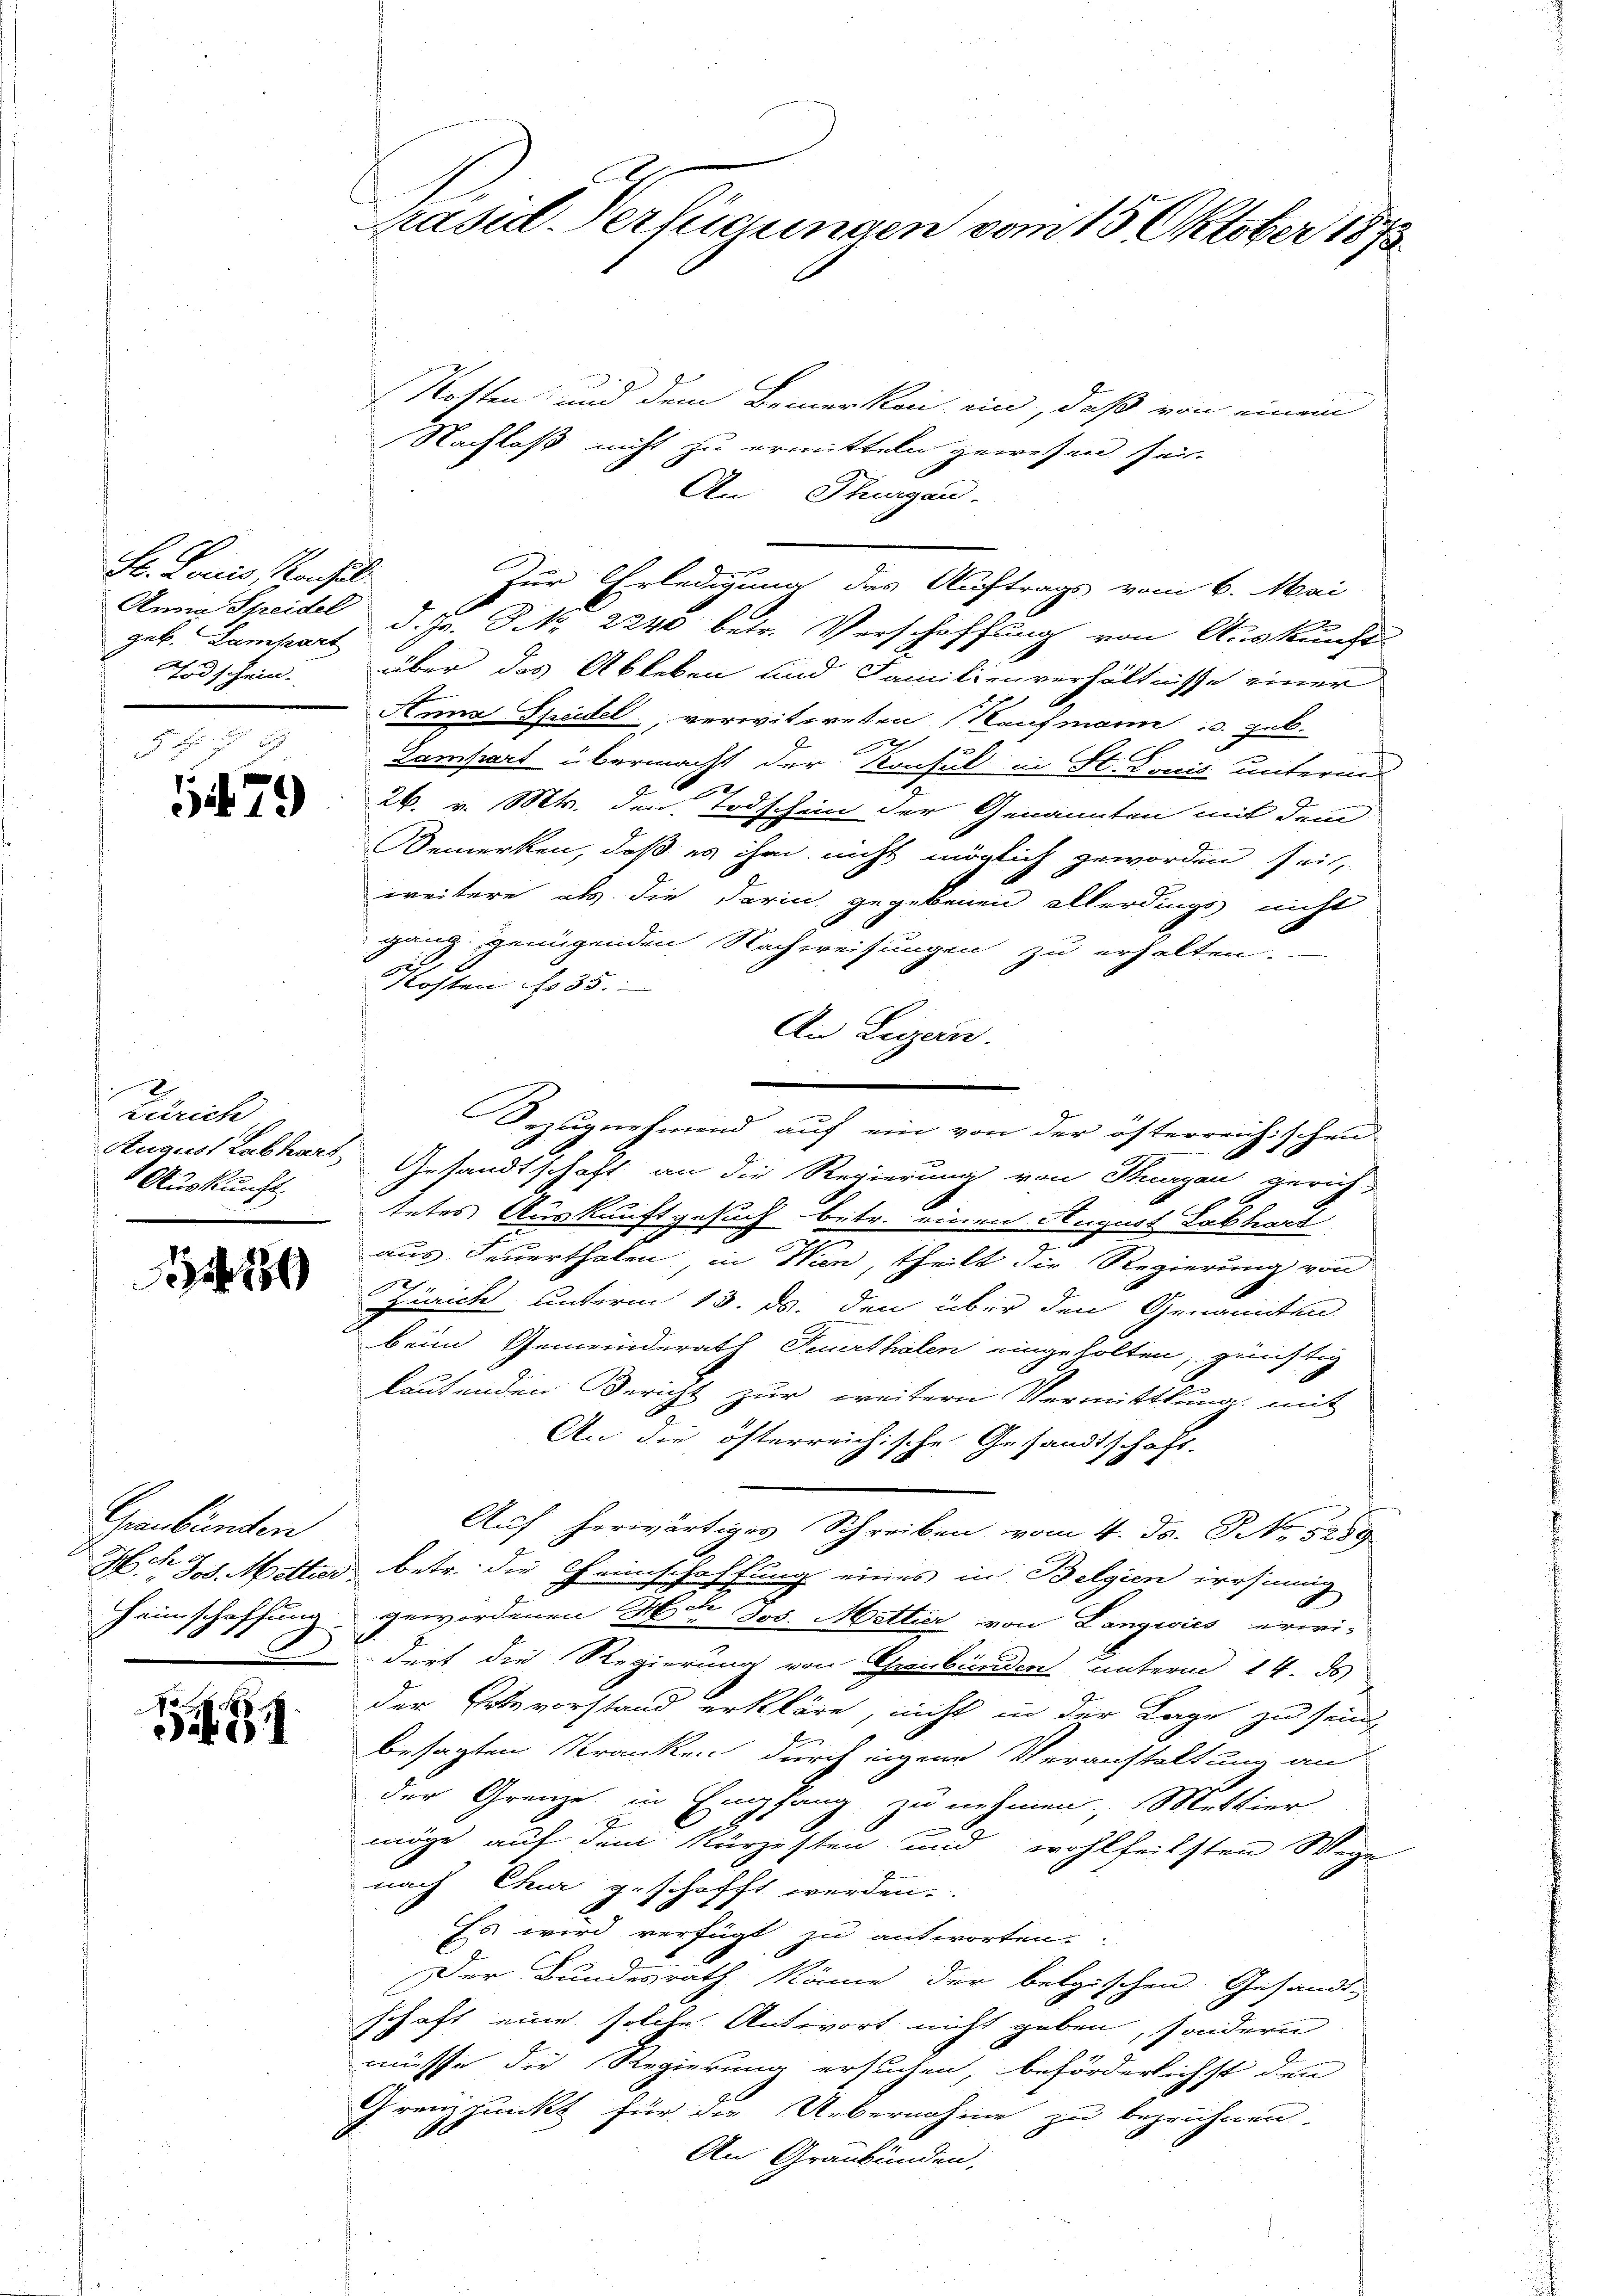
St. Louis, Konsul
Anna Streidel
geb. Lampart
Todschein.

1479

Zürich
Auskunft.

489

Graubünden
Heimschaffung

A.
1

Kosten und dem Bemerken ein, daß von einem
Nachlaß nicht zu ermitteln gewesen sei.
An Thurgau.
Zur Erledigung des Auftrags vom 6. Mai
d. Js. Frk. 2240 betr. Verschaffung von Auskunft
über das Ableben und Familienverhältnisse einer
Anna Speidel, verwitweten Kaufmann u. geb.
127
Gampart übermacht der Konsul in St. Louis unterm
26. v. Mts. den Todschen der Genannten mit dem
Bemerken, daß es ihm nicht möglich geworden sei,
weitere als die darin gegebenen allerdings nicht
gang genügenden Nachweisungen zu erhalten.
Kosten No 35.
An Liegen.
Bezugnehmend auf ein von der österreichischen
August Labhart, Gesandtschaft an die Regierung von Thurgau gerich-
tetes Auskunftgesuch betr. einen August Labhard
aus Feuerthalen, in Wien, theilt die Regierung von
02
Zürich unterm 13. ds. den über den Genannten.
beim Gemeinderath Feuerthalen eingeholten, zünftig
leutenden Bericht zur weitern Vermittlung mit
An die öfterreichische Gesandtschaft.
Auf herwärtiges Schreiben vom 4. Ja. N. 8259.
H. 28. Mitter betr. die Heimschaffung eines in Belgien irrsinnig
gewordenen Herr Jos. Mattier von Langwies erwi-
 darf die Regierung von Gebunden unterm 14. ds
der Petzvorstand erkläre, nicht in der Lage zu sein
besagten Kranken durch eigene Veranstaltung an
der Grenze in Empfang zu nehmen, Mettier
möge auf dem kürzesten und wohlfeilsten Wege
nach Chur geschafft werden.
Es wird verfügt zu antworten.
Der Bundesrath könne der belgischen Gesandtschaft eine solche Antwort nicht geben, sondern
müsse die Regierung ersuchen beförderlichst den
Grenzpunkt für die Uebernahme zu bezeichnen.
An Graubünden,

Präsid-Verfügungen vom 15. Oktober 1873.